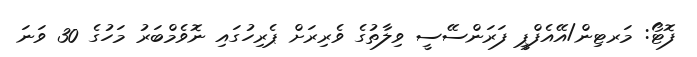
ފޮޓޯ: މަރޓިން/އޭއެފްޕީ ފަރަންސޭސީ ވިލާތުގެ ވެރިރަށް ޕެރިހުގައި ނޮވެމްބަރު މަހުގެ 30 ވަނަ